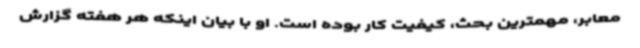
معابر، مهمترین بحث، کیفیت کار بوده است. او با بیان اینکه هر هفته گزارش